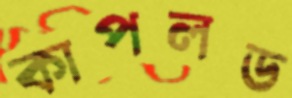
কাপলড